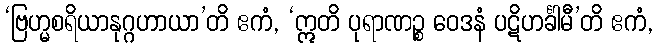
‘ဗြဟ္မစရိယာနုဂ္ဂဟာယာ’တိ ဧကံ, ‘ဣတိ ပုရာဏဉ္စ ဝေဒနံ ပဋိဟင်္ခါမီ’တိ ဧကံ,